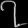
Digit: ၇